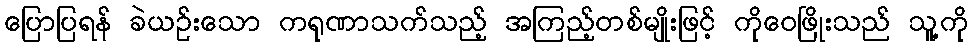
ပြောပြရန် ခဲယဉ်းသော ကရုဏာသက်သည့် အကြည့်တစ်မျိုးဖြင့် ကိုဝေဖြိုးသည် သူ့ကို